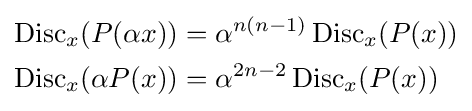
{\begin{aligned}\operatorname {Disc} _{x}(P(\alpha x))&=\alpha ^{n(n-1)}\operatorname {Disc} _{x}(P(x))\\\operatorname {Disc} _{x}(\alpha P(x))&=\alpha ^{2n-2}\operatorname {Disc} _{x}(P(x))\end{aligned}}